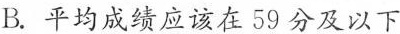
B.平均成绩应该在59分及以下